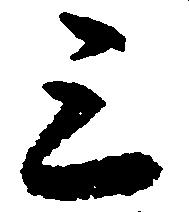
三